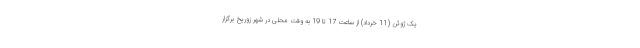
یک ژوئن (11 خرداد) از ساعت 17 تا 19 به وقت محلی در شهر زوریخ برگزار